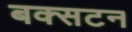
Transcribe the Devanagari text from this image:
बक्सटन